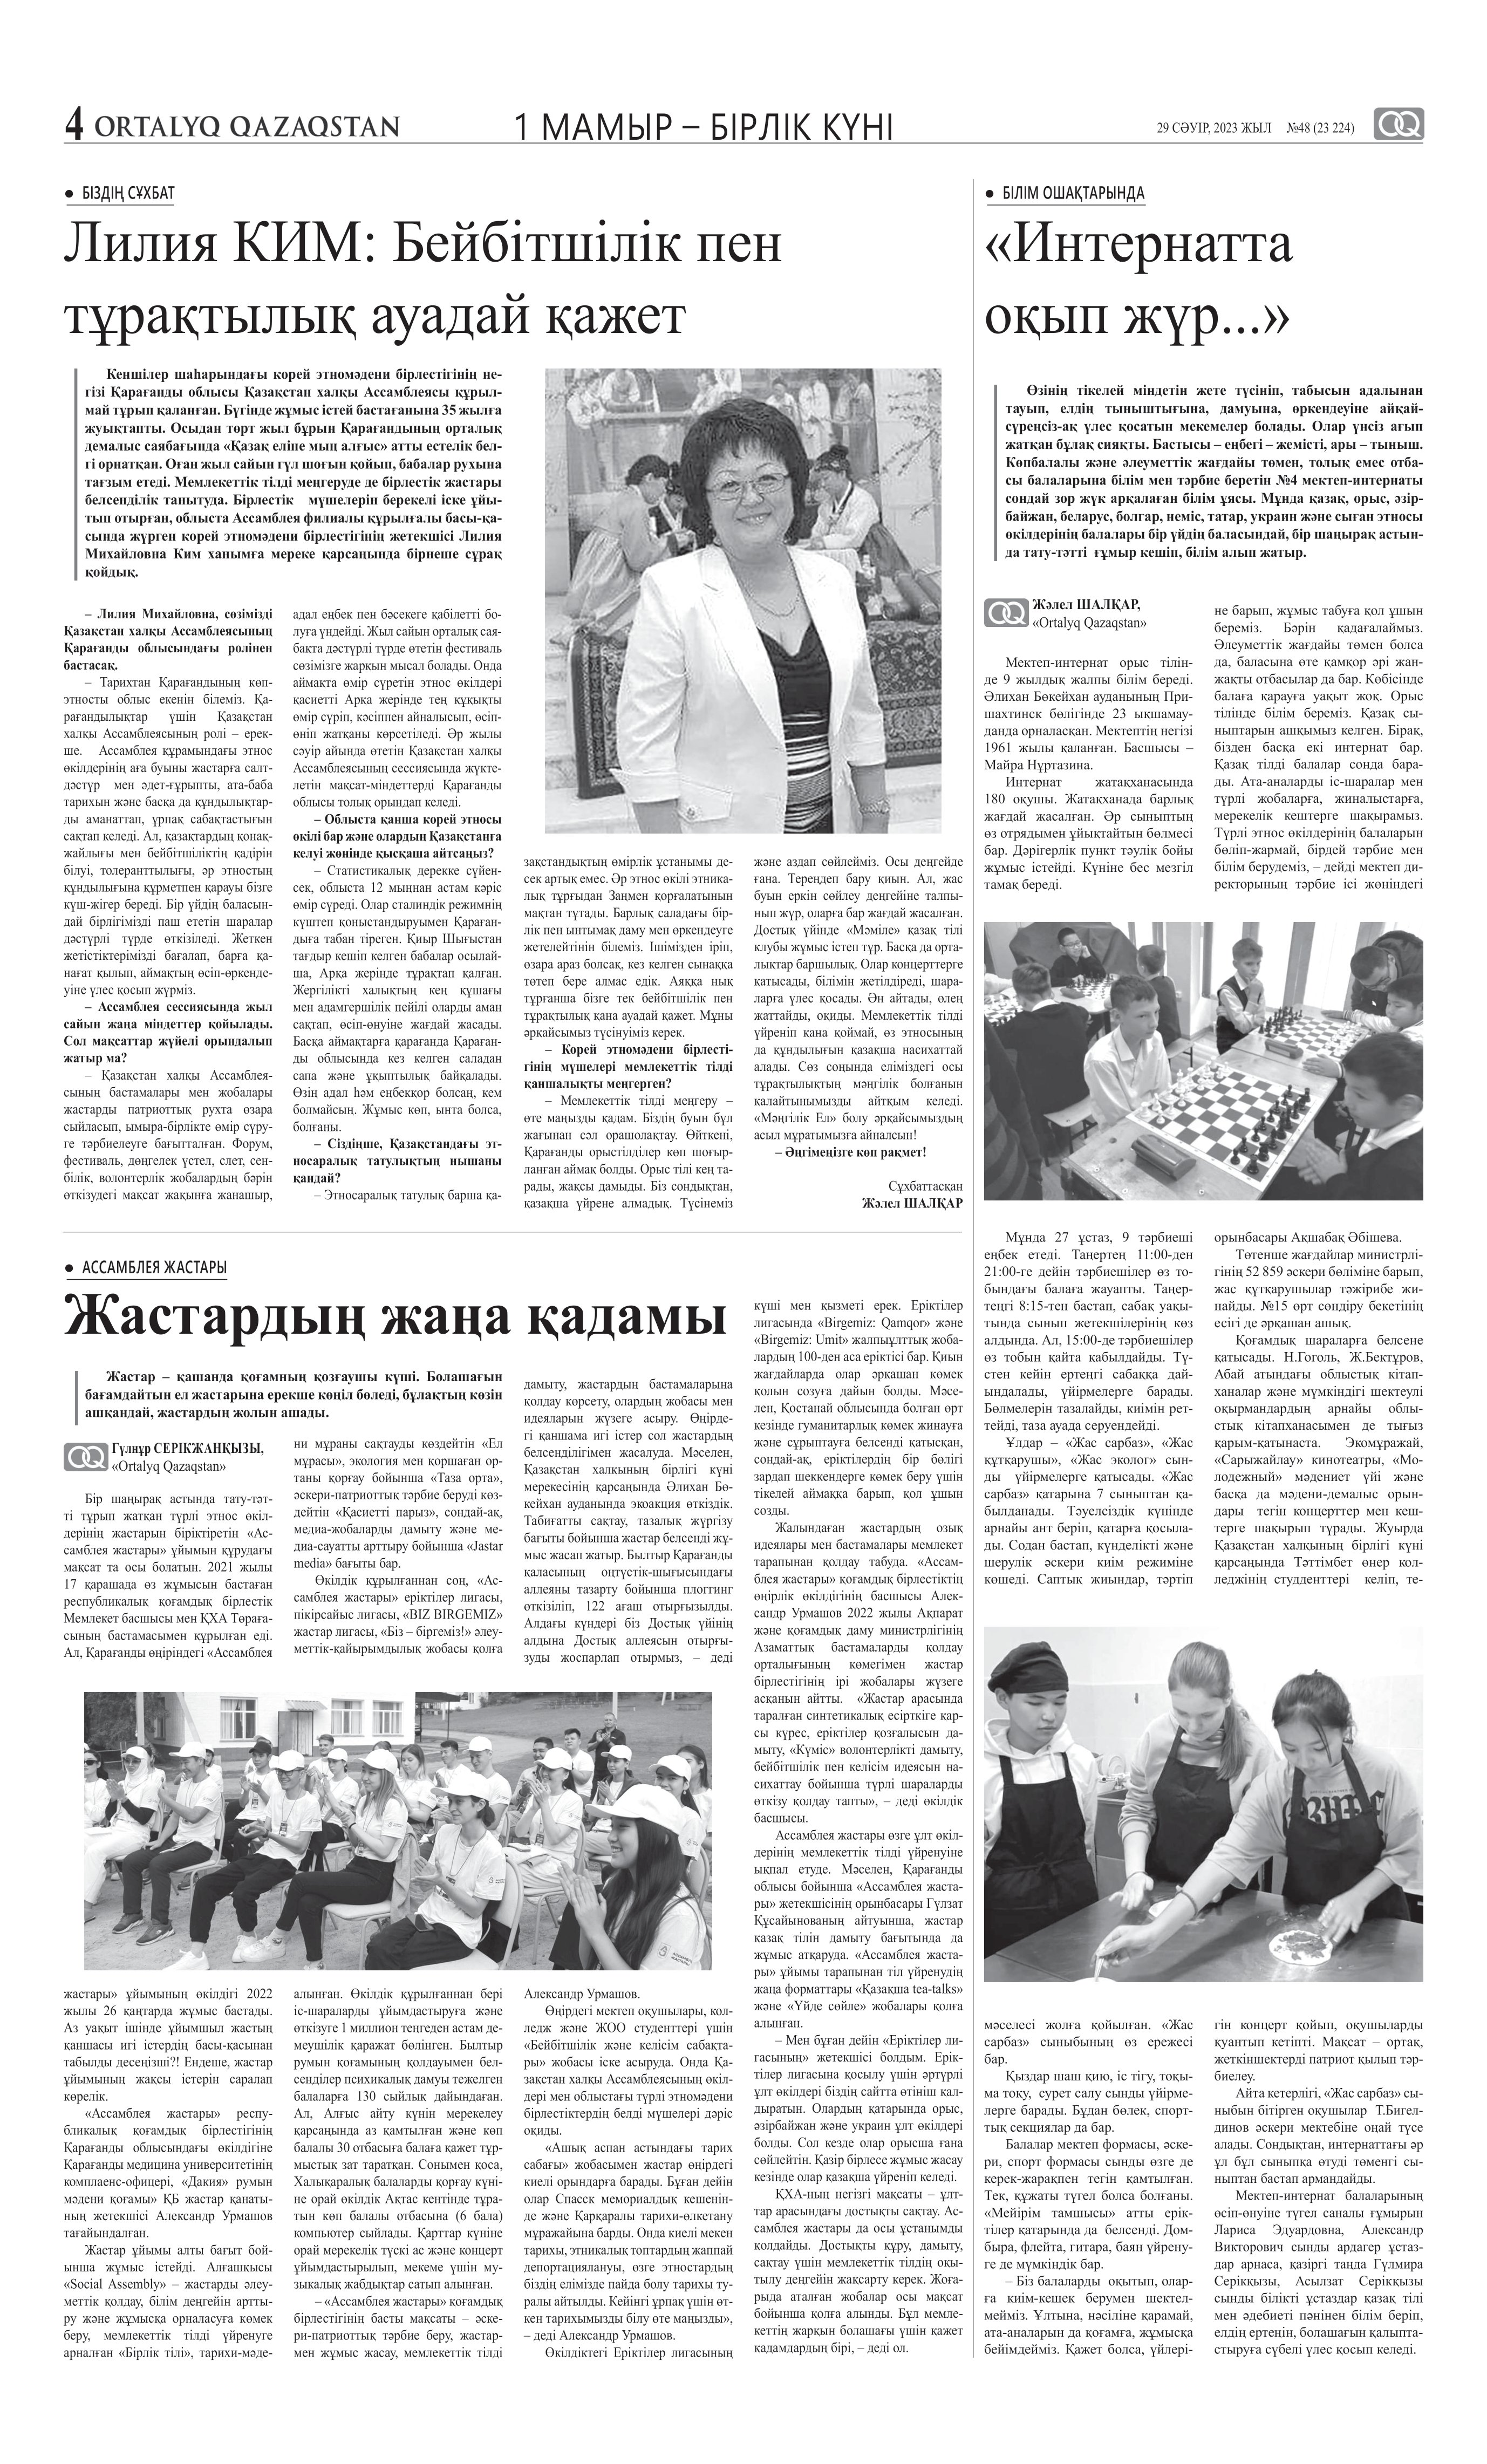
Language: kk